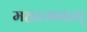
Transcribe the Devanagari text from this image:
महात्मनाम्